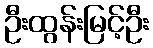
ဦးထွန်းမြင့်ဦး